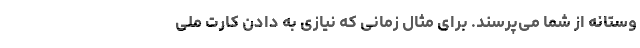
وستانه از شما می‌پرسند. برای مثال زمانی که نیازی به دادن کارت ملی